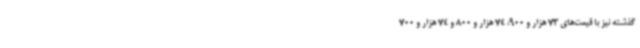
گذشته نیز با قیمت‌های 73 هزار و 900، 74 هزار و 800 و 74 هزار و 700